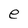
Character: e